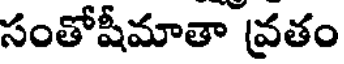
సంతోషీమాతా వ్రతం